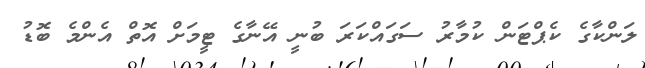
ލަންކާގެ ކެޕްޓަން ކުމާރު ސަގައްކަރަ ބުނީ އޭނާގެ ޓީމަށް އޮތް އެންމެ ބޮޑު